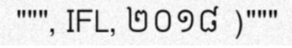
""", IFL, ២០១៨ )"""